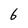
Character: 6